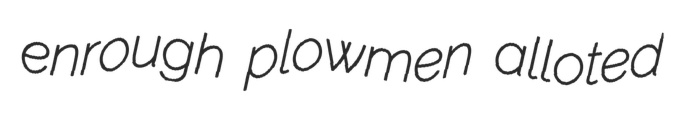
enrough plowmen alloted